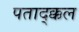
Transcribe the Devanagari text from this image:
पताद्क्कल